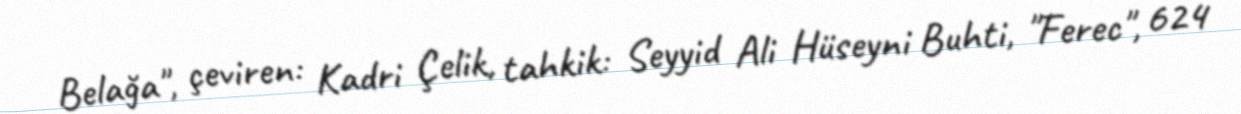
Belağa", çeviren: Kadri Çelik, tahkik: Seyyid Ali Hüseyni Buhti, "Ferec", 624